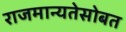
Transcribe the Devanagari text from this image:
राजमान्यतेसोबत